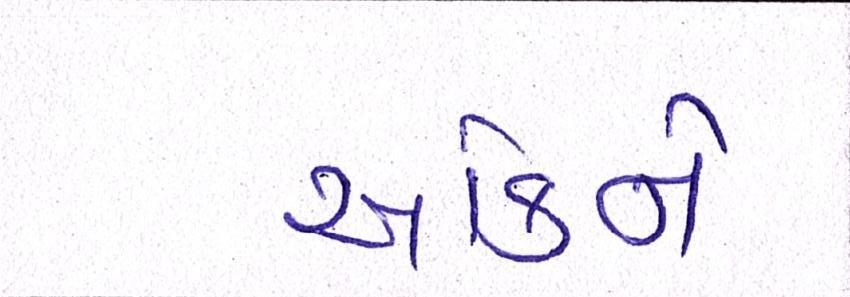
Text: આંકને